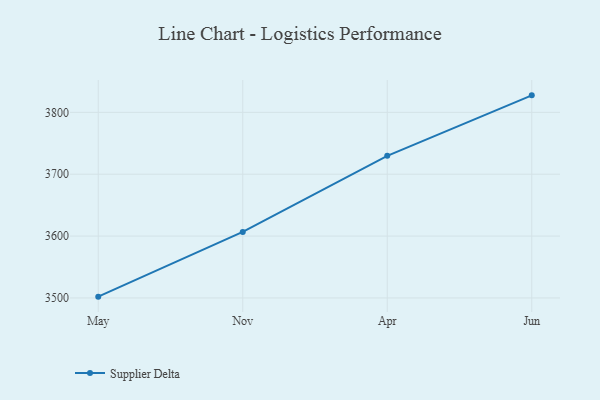
{"axis": {"x": "Month", "y": "Waste Production (Tons)"}, "legend": ["Supplier Delta"], "data": [{"x": "May", "y": 3502.1, "type": "Supplier Delta"}, {"x": "Nov", "y": 3606.8, "type": "Supplier Delta"}, {"x": "Apr", "y": 3729.8, "type": "Supplier Delta"}, {"x": "Jun", "y": 3827.5, "type": "Supplier Delta"}]}